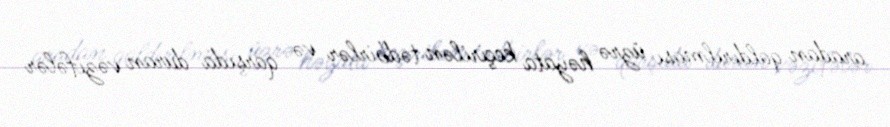
aradan qaldırılması üzrə həyata keçirilən tədbirlər və qarşıda duran vəzifələr